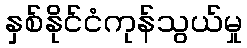
နှစ်နိုင်ငံကုန်သွယ်မှု